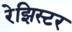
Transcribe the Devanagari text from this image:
रेझिस्टर